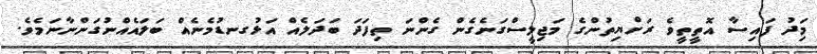
މިަދު ފައިސާ އޮތީތީވެ ރަށްޔިތުންގެ މަޖިލީސްގަނެގެން ގެންނަ ތިފަދަ ބަދަލެއް އަޅުގނޑުމެނެއް ބަލައެއްނުގަންނާނަމެވެ.